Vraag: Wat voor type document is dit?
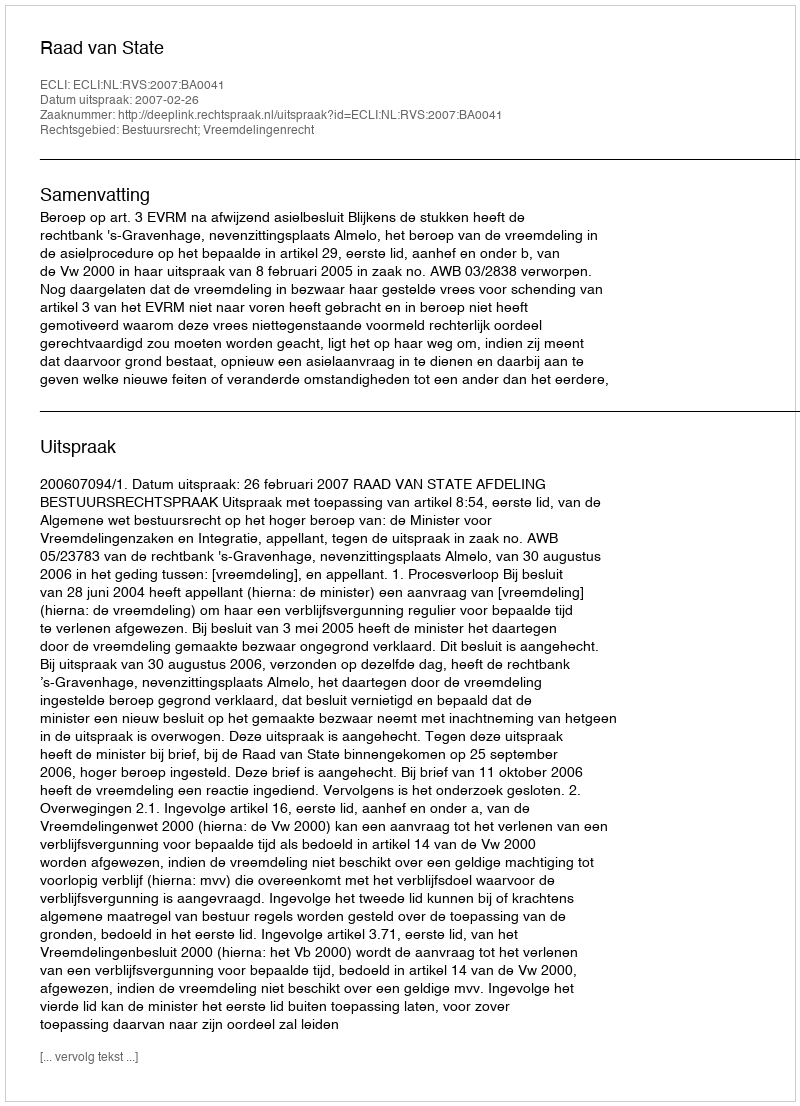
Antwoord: Uitspraak